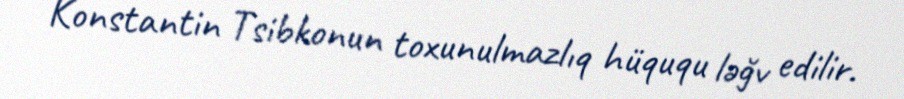
Konstantin Tsibkonun toxunulmazlıq hüququ ləğv edilir.